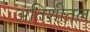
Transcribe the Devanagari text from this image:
अतिशीतल